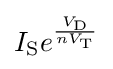
I_{\text{S}}e^{\frac {V_{\text{D}}}{nV_{\text{T}}}}